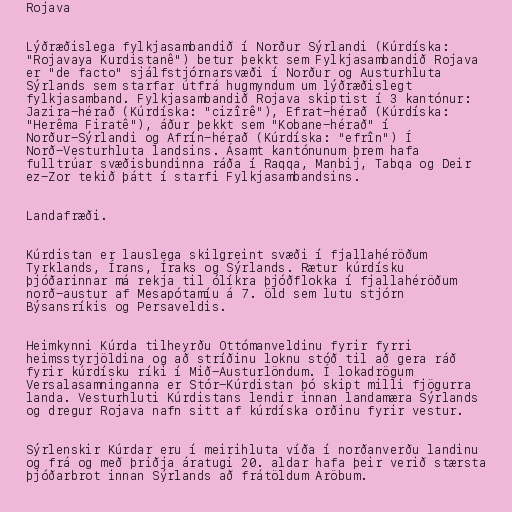
Rojava

Lýðræðislega fylkjasambandið í Norður Sýrlandi (Kúrdíska:
"Rojavaya Kurdistanê") betur þekkt sem Fylkjasambandið Rojava
er "de facto" sjálfstjórnarsvæði í Norður og Austurhluta
Sýrlands sem starfar útfrá hugmyndum um lýðræðislegt
fylkjasamband. Fylkjasambandið Rojava skiptist í 3 kantónur:
Jazira-hérað (Kúrdíska: "cizîrê"), Efrat-hérað (Kúrdíska:
"Herêma Firatê‎"), áður þekkt sem "Kobane-hérað" í
Norður-Sýrlandi og Afrín-hérað (Kúrdíska: "efrîn") Í
Norð-Vesturhluta landsins. Ásamt kantónunum þrem hafa
fulltrúar svæðisbundinna ráða í Raqqa, Manbij, Tabqa og Deir
ez-Zor tekið þátt í starfi Fylkjasambandsins.

Landafræði.

Kúrdistan er lauslega skilgreint svæði í fjallahéröðum
Tyrklands, Írans, Íraks og Sýrlands. Rætur kúrdísku
þjóðarinnar má rekja til ólíkra þjóðflokka í fjallahéröðum
norð-austur af Mesapótamíu á 7. öld sem lutu stjórn
Býsansríkis og Persaveldis.

Heimkynni Kúrda tilheyrðu Ottómanveldinu fyrir fyrri
heimsstyrjöldina og að stríðinu loknu stóð til að gera ráð
fyrir kúrdísku ríki í Mið-Austurlöndum. Í lokadrögum
Versalasamninganna er Stór-Kúrdistan þó skipt milli fjögurra
landa. Vesturhluti Kúrdistans lendir innan landamæra Sýrlands
og dregur Rojava nafn sitt af kúrdíska orðinu fyrir vestur.

Sýrlenskir Kúrdar eru í meirihluta víða í norðanverðu landinu
og frá og með þriðja áratugi 20. aldar hafa þeir verið stærsta
þjóðarbrot innan Sýrlands að frátöldum Aröbum.